Jaan_Tonisson_(Lasteleht), lk 71
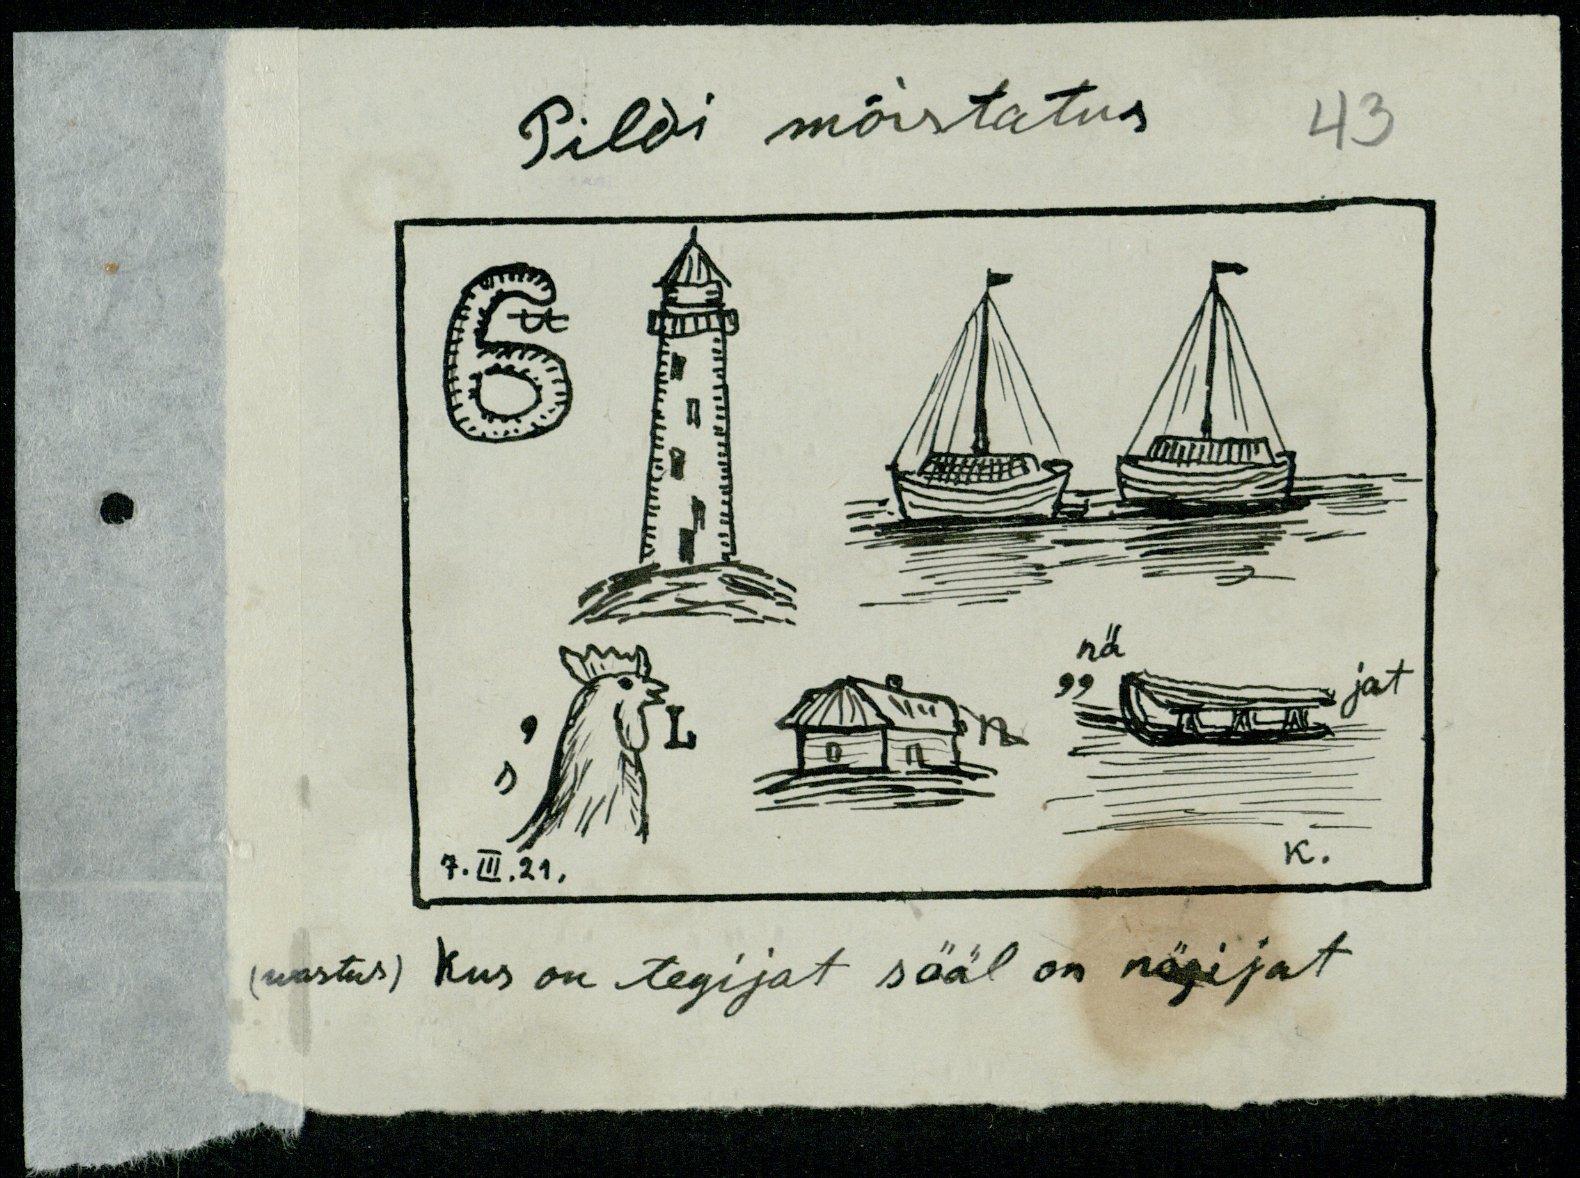
Pildi mõistatus
43
nä
jat
7. III. 21.
K.
(wastus)
Kus on tegijat sääl on nägijat